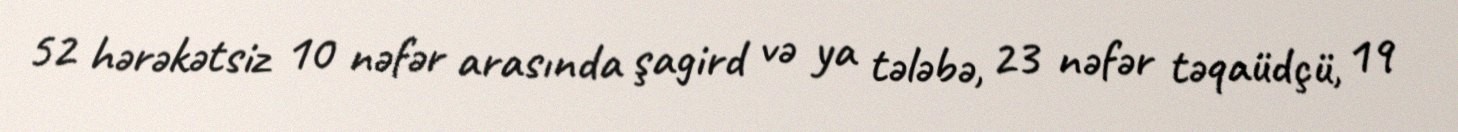
52 hərəkətsiz 10 nəfər arasında şagird və ya tələbə, 23 nəfər təqaüdçü, 19